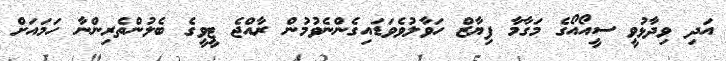
އަދި ވިދާޅުވީ ސީއޯއޯގެ މަގާމާ ފިޔާޒް ހަވާލުވެވަޑައިގެންނެވުމުން ރާއްޖެ ޓީވީގެ ބެލުންތެރިންނާ ހަމައަށް